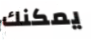
يمكنك